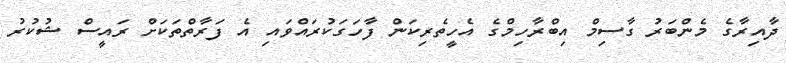
ދާއިރާގެ މެންބަރު ގާސިމް އިބްރާހިމްގެ އެހީތެރިކަން ފާހަގަކުރައްވައި އެ ފަރާތްތަކަށް ރައީސް ޝުކުރު